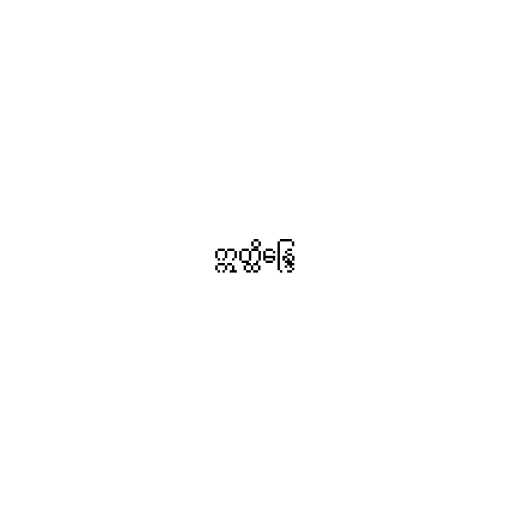
ဣတ္ထိန္ဒြေ